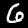
Digit: 6